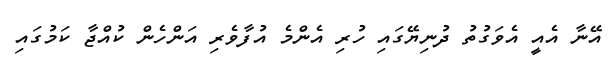
އޭނާ އެއީ އެވަގުތު ދުނިޔޭގައި ހުރި އެންމެ އުފާވެރި އަންހެން ކުއްޖާ ކަމުގައި